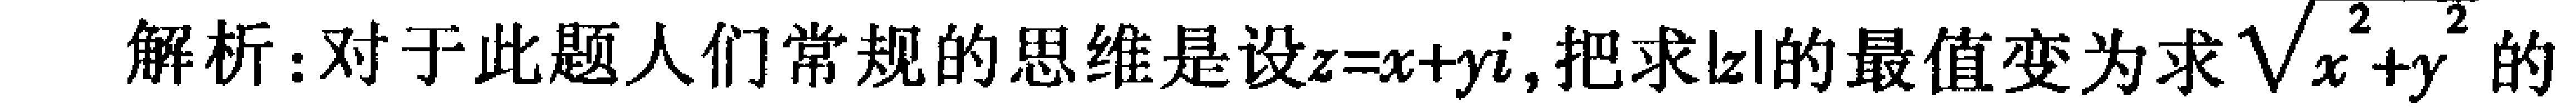
解析：对于此题人们常规的思维是设\(z = x + yi\)，把求\(\vert z\vert\)的最值变为求\(\sqrt{x^{2}+y^{2}}\)的